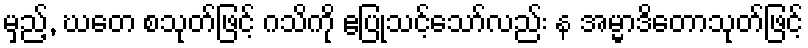
မှည့်, ဃတေ စသုတ်ဖြင့် ဂသိကို ဧပြုသင့်သော်လည်း န အမ္မာဒိတောသုတ်ဖြင့်